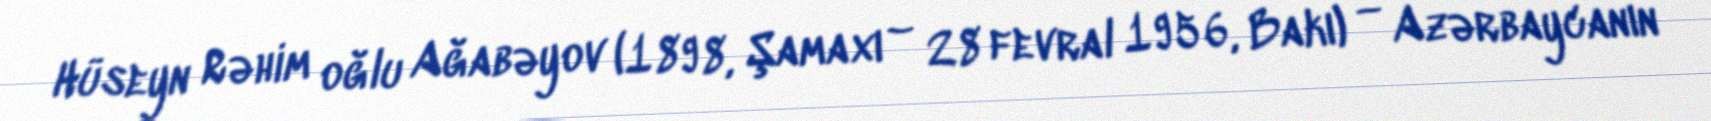
Hüseyn Rəhim oğlu Ağabəyov (1898, Şamaxı – 28 fevral 1956, Bakı) — Azərbaycanın